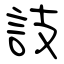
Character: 䚳